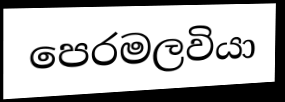
පෙරමලවියා